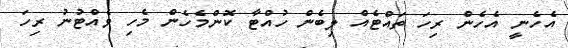
އެހެނީ އެހެން ރިހަ ތައްޓެއް ލިބެން ހުއްޓާ ކޮންމެހެން މެހި ވެއްޓުނު ރިހަ